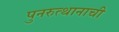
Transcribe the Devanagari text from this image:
पुनरुत्थानाची